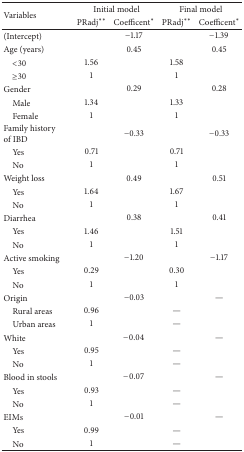
| <ROWSPAN=2> Variables | <COLSPAN=2> Initial model | <COLSPAN=2> Final model |
 | PRadj∗∗ | Coefficent∗ | PRadj∗∗ | Coefficent∗ |
 | --- | --- | --- | --- | --- |
 | (Intercept) |  | −1.17 |  | −1.39 |
 | Age (years) |  | 0.45 |  | 0.45 |
 | <30 | 1.56 |  | 1.58 |  |
 | ≥30 | 1 |  | 1 |  |
 | Gender |  | 0.29 |  | 0.28 |
 | Male | 1.34 |  | 1.33 |  |
 | Female | 1 |  | 1 |  |
 | Family historyof IBD |  | −0.33 |  | −0.33 |
 | Yes | 0.71 |  | 0.71 |  |
 | No | 1 |  | 1 |  |
 | Weight loss |  | 0.49 |  | 0.51 |
 | Yes | 1.64 |  | 1.67 |  |
 | No | 1 |  | 1 |  |
 | Diarrhea |  | 0.38 |  | 0.41 |
 | Yes | 1.46 |  | 1.51 |  |
 | No | 1 |  | 1 |  |
 | Active smoking |  | −1.20 |  | −1.17 |
 | Yes | 0.29 |  | 0.30 |  |
 | No | 1 |  | 1 |  |
 | Origin |  | −0.03 |  | — |
 | Rural areas | 0.96 |  | — |  |
 | Urban areas | 1 |  | — |  |
 | White |  | −0.04 |  | — |
 | Yes | 0.95 |  | — |  |
 | No | 1 |  | — |  |
 | Blood in stools |  | −0.07 |  | — |
 | Yes | 0.93 |  | — |  |
 | No | 1 |  | — |  |
 | EIMs |  | −0.01 |  | — |
 | Yes | 0.99 |  | — |  |
 | No | 1 |  | — |  |